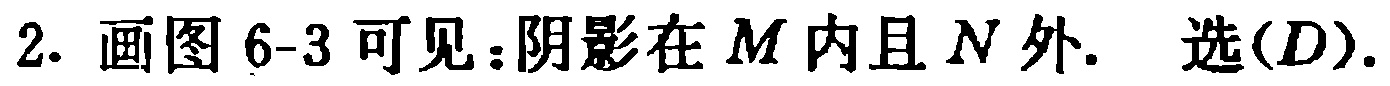
2. 画图 6-3 可见：阴影在 \(M\) 内且 \(N\) 外. 选\((D)\).